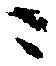
に